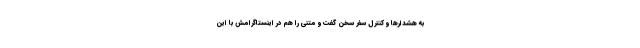
به هشدارها و کنترل سفر سخن گفت و متنی را هم در اینستاگرامش با این